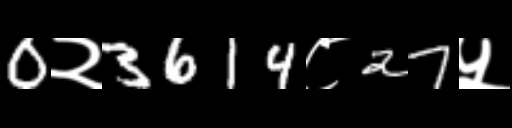
Text: 0२3614८27५